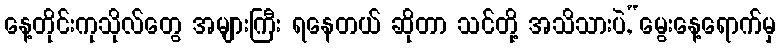
နေ့တိုင်းကုသိုလ်တွေ အများကြီး ရနေတယ် ဆိုတာ သင်တို့ အသိသားပဲ,“မွေးနေ့ရောက်မှ